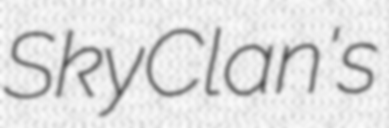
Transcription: SkyClan's